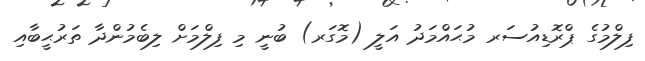
ފިލްމުގެ ޕްރޮޑިއުސަރ މުޙައްމަދު އަލީ (މޮގަރ) ބުނީ މި ފިލްމަށް ލިބެމުންދާ ތަރުޙީބާއި